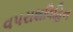
વપરાશવિહિન